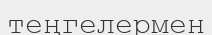
теңгелермен